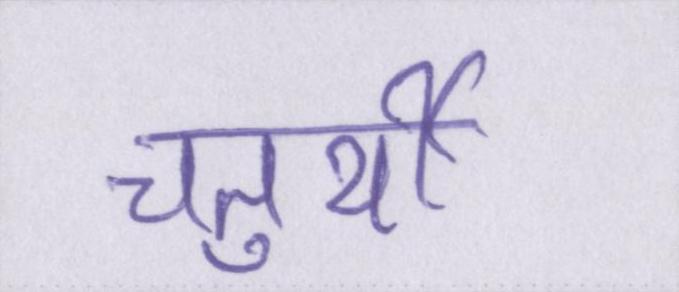
चतुर्थी